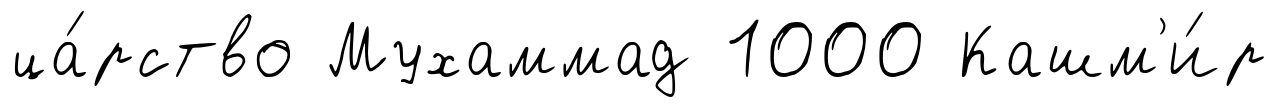
ца́рство Мухаммад 1000 Кашм'и́р